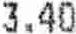
3.40